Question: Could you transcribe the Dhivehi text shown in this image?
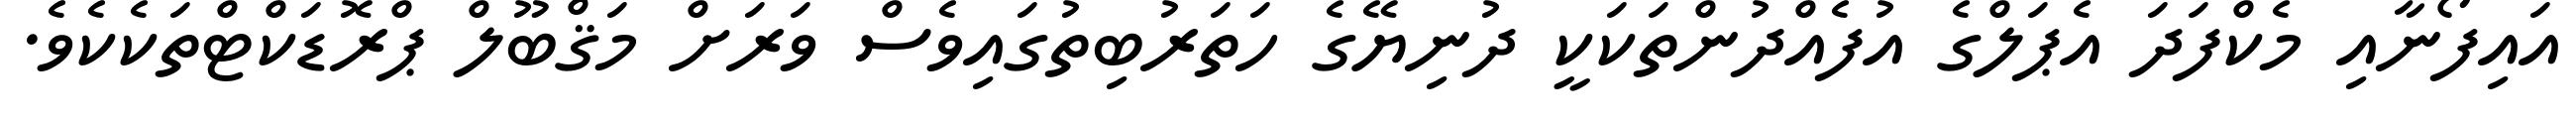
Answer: އައިފޯނާއި މެކްފަދަ އެޕަލްގެ އުފެއްދުންތަކަކީ ދުނިޔޭގެ ހަތަރުބިތުގައިވެސް ވަރަށް މަޤްބޫލް ޕްރޮޑަކްޓްތަކެކެވެ.